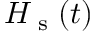
H _ { \textrm { s } } ( t )